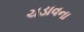
ચડાવના